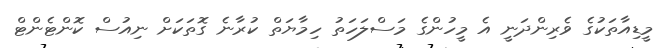
މީޑިއާތަކުގެ ވެރިންދަނީ އެ މީހުންގެ މަސްލަހަތު ހިމާޔަތް ކުރާނެ ގޮތަކަށް ނިއުސް ކޮންޓެންޓް